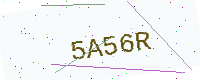
Text: 5A56R